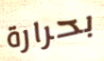
بحرارة